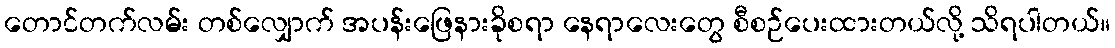
တောင်တက်လမ်း တစ်လျှောက် အပန်းဖြေနားခိုစရာ နေရာလေးတွေ စီစဉ်ပေးထားတယ်လို့ သိရပါတယ်။